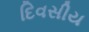
દિવસીય